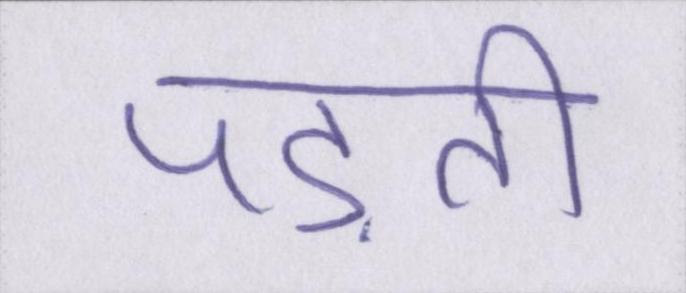
पड़ती